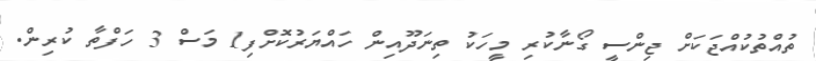
ތުއްތުކުއްޖަކަށް ޖިންސީ ގޯނާކުރި މީހަކު ތިނަދޫއިން ހައްޔަރުކޮށްފި1 މަސް 3 ހަފްތާ ކުރިން.